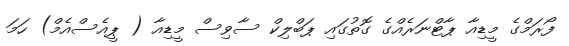
ފޯރަމްގެ މީޑިއާ ޕާޓްނަރެއްގެ ގޮތުގައި ޕަބްލިކް ސާވިސް މީޑިއާ ( ޕީއެސްއެމް) ހަމަ